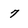
Character: 7